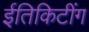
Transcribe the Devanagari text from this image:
ईतिकिटींग